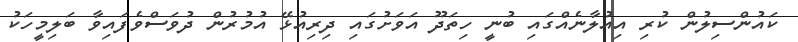
ކައުންސިލުން ކުރި އިއުލާނެއްގައި ބުނީ ހިތަދޫ އަވަށުގައި ދިރިއުޅޭ އުމުރުން ދުވަސްވެފައިވާ ބަލިމީހަކު